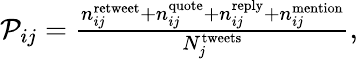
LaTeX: \begin{array}{r}{\mathcal{P}_{ij}=\frac{n_{ij}^{\mathrm{retweet}}+n_{ij}^{\mathrm{quote}}+n_{ij}^{\mathrm{reply}}+n_{ij}^{\mathrm{mention}}}{N_{j}^{\mathrm{tweets}}},}\end{array}